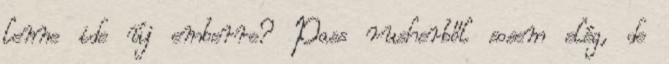
lenne ide új emberre? Pass rusherből sosem elég, de